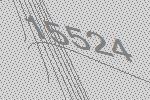
15524